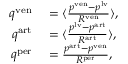
\begin{array} { r l } { q ^ { \mathrm { v e n } } } & { { } = \langle \frac { p ^ { \mathrm { v e n } } - p ^ { \mathrm { l v } } } { R ^ { \mathrm { v e n } } } \rangle , } \\ { q ^ { \mathrm { a r t } } } & { { } = \langle \frac { p ^ { \mathrm { l v } } - p ^ { \mathrm { a r t } } } { R ^ { \mathrm { a r t } } } \rangle , } \\ { q ^ { \mathrm { p e r } } } & { { } = \frac { p ^ { \mathrm { a r t } } - p ^ { \mathrm { v e n } } } { R ^ { \mathrm { p e r } } } , } \end{array}